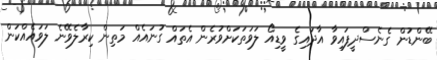
ބޭންޑުން ގެނެސްދީފައިވާ އާދައިގެ ވީޑިއޯ ލަވަތަކަށްވުރެން އެތައް ގުނައެއް މަތިން ކިރާލެވޭނެ ލަވައެއްކަން